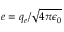
e = q _ { e } / \sqrt { 4 \pi \epsilon _ { 0 } }